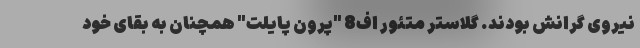
نیروی گرانش بودند. گلاستر متئور اف8 "پرون پایلت" همچنان به بقای خود